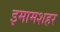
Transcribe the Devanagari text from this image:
इमामशहर